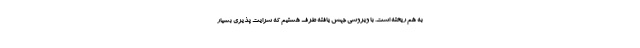
به هم ریخته است. با ویروسی جهش یافته طرف هستیم که سرایت پذیری بسیار